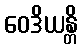
ဝေဒိယန္တိ